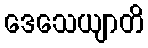
ဒေသေယျာတိ